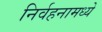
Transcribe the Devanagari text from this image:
निर्वहनामध्ये